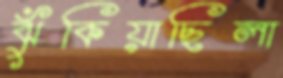
ঝুঁকিয়াছিলা